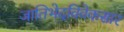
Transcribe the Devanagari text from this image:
जातिभेदविवेकसार